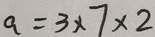
a = 3 \times 7 \times 2